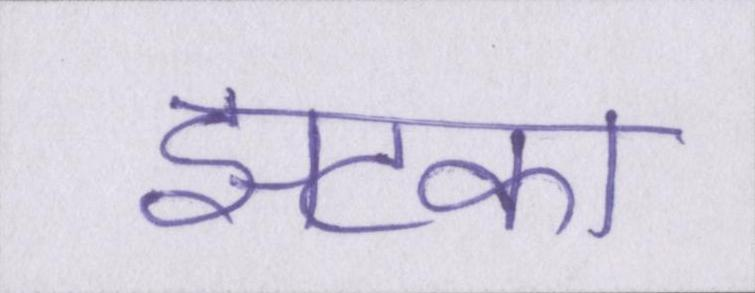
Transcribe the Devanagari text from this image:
झटका